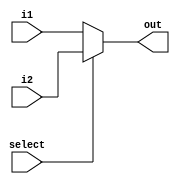
module mux_2x1_5(i1, i2, select, out);

input [4:0] i1, i2;
input select;
output [4:0] out;
reg [4:0] out=0;

always@(i1 or i2 or select)
begin
if(select== 0)
begin
out <= i1;
end
else
begin
out <= i2;
end
end

endmodule